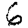
Digit: 6